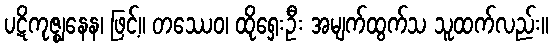
ပဋိကုဇ္ဈနေန၊ ဖြင့်။ တဿေဝ၊ ထိုရှေးဦး အမျက်ထွက်သ သူထက်လည်း။